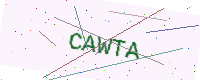
Text: CAWTA